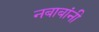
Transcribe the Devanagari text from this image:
नबाबांनी